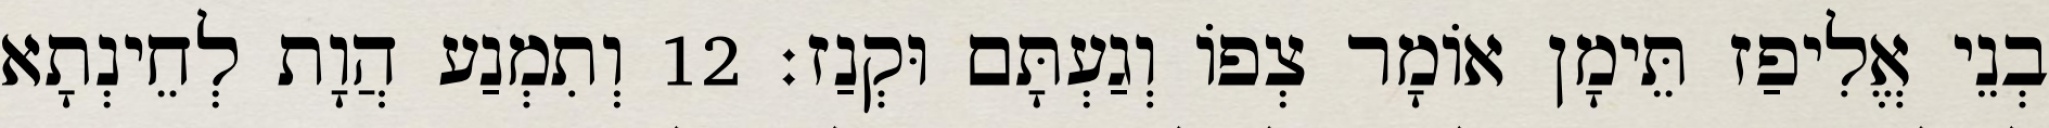
בְנֵי אֱלִיפַז תֵּימָן אוֹמָר צְפוֹ וְגַעְתָּם וּקְנַז׃ 12 וְתִמְנַע הֲוָת לְחֵינְתָא